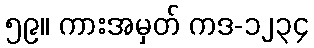
၅၉။ ကားအမှတ် ကဒ-၁၂၃၄